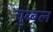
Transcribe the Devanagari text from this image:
चुब्बल